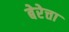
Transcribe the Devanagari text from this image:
बेरेत्ता